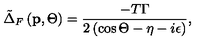
\tilde { \Delta } _ { F } \left( \mathbf { p } , \Theta \right) = \frac { - T \Gamma } { 2 \left( \cos \Theta - \eta - i \epsilon \right) } ,